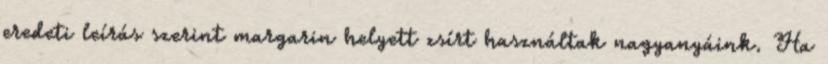
eredeti leírás szerint margarin helyett zsírt használtak nagyanyáink. Ha